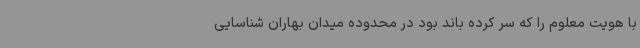
با هویت معلوم را که سر کرده باند بود در محدوده میدان بهاران شناسایی